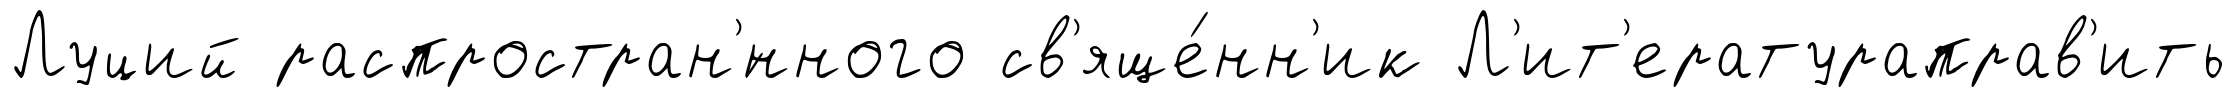
Луций распростран'́нного св'яще́нн'ик Л'ит'ератураправ'ить